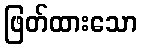
ဖြတ်ထားသော